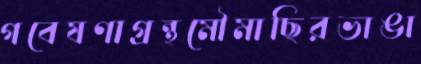
গবেষণাগ্রন্থমৌমাছিরভাঙা